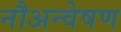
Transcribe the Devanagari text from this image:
नौअन्वेषण